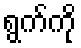
ရွက်ကို